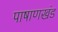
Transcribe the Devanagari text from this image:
पाषाणखंड